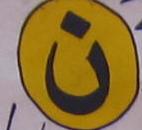
ن